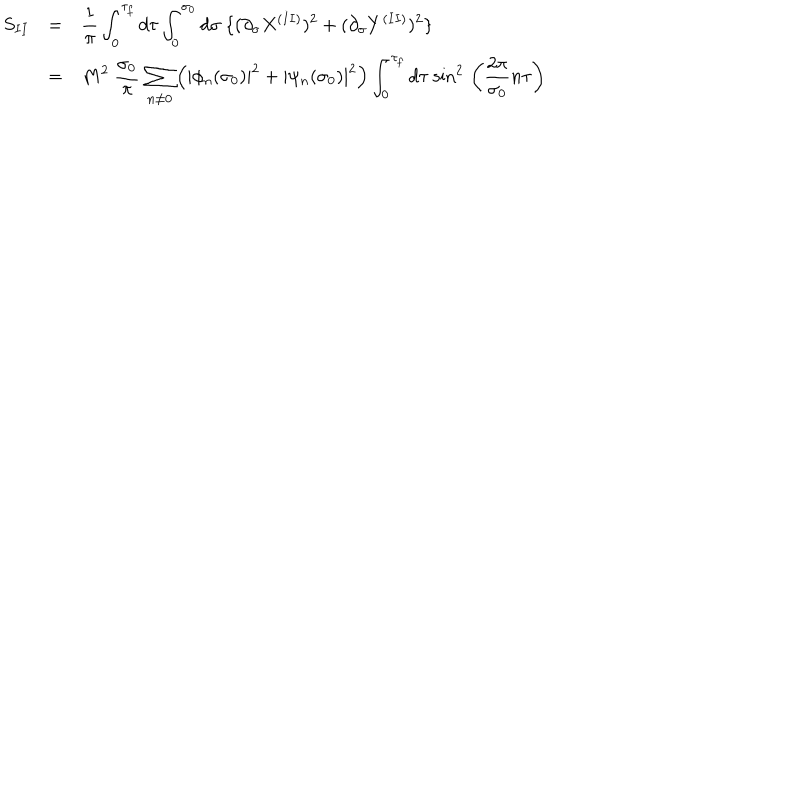
\begin{array} { l c l } { { S _ { I I } } } & { { = } } & { { { \displaystyle \frac { 1 } { \pi } \int _ { 0 } ^ { \tau _ { f } } d \tau \int _ { 0 } ^ { \sigma _ { 0 } } d \sigma ~ \{ ( \partial _ { \sigma } X ^ { ( I I ) } ) ^ { 2 } + ( \partial _ { \sigma } Y ^ { ( I I ) } ) ^ { 2 } \} } } } \\ { { } } & { { = } } & { { { \displaystyle M ^ { 2 } ~ \frac { \sigma _ { 0 } } { \pi } \, \sum _ { n \neq 0 } ^ { } \left( | \phi _ { n } ( \sigma _ { 0 } ) | ^ { 2 } + | \psi _ { n } ( \sigma _ { 0 } ) | ^ { 2 } \right) \int _ { 0 } ^ { \tau _ { f } } d \tau ~ { \sin } ^ { 2 } \, \left( \frac { 2 \pi } { \sigma _ { 0 } } n \tau \right) } } } \\ \end{array}